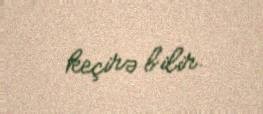
keçirə bilir.